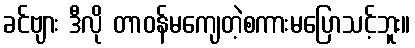
ခင်ဗျား ဒီလို တာဝန်မကျေတဲ့စကားမပြောသင့်ဘူး။